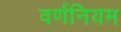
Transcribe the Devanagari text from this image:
वर्णनियम